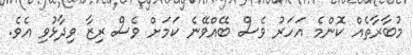
މުބާރާތެއް ކޮންމެ އަހަރު ވެސް ބޭއްވޭނެ ކަމަށް ވެސް ރިޒާ ވިދާޅުވި އެވެ.